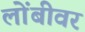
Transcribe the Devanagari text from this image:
लोंबीवर